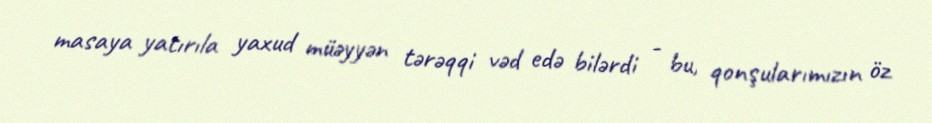
masaya yatırıla yaxud müəyyən tərəqqi vəd edə bilərdi - bu, qonşularımızın öz